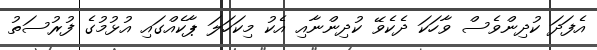
އެފަދަ ކުދިންވެސް ވާހަކަ ދެކެވޭ ކުދިންނާއި އެކު މިކަހަލަ ޕާކެއްގައި އުޅުމުގެ ފުރުސަތު